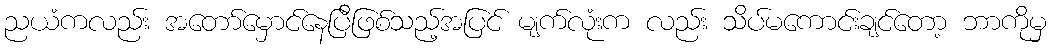
ညယံကလည်း အတော်မှောင်နေပြီဖြစ်သည့်အပြင် မျက်လုံးက လည်း သိပ်မကောင်းချင်တော့ ဘာကိုမှ